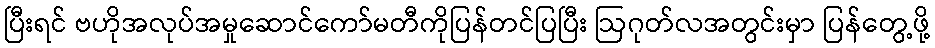
ပြီးရင် ဗဟိုအလုပ်အမှုဆောင်ကော်မတီကိုပြန်တင်ပြပြီး ဩဂုတ်လအတွင်းမှာ ပြန်တွေ့ဖို့